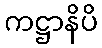
ကဋ္ဌာနိပိ